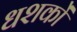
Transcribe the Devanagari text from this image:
धशकों